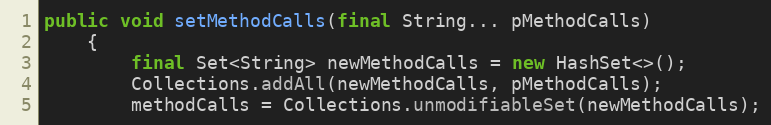
Language: Java
public void setMethodCalls(final String... pMethodCalls)
    {
        final Set<String> newMethodCalls = new HashSet<>();
        Collections.addAll(newMethodCalls, pMethodCalls);
        methodCalls = Collections.unmodifiableSet(newMethodCalls);